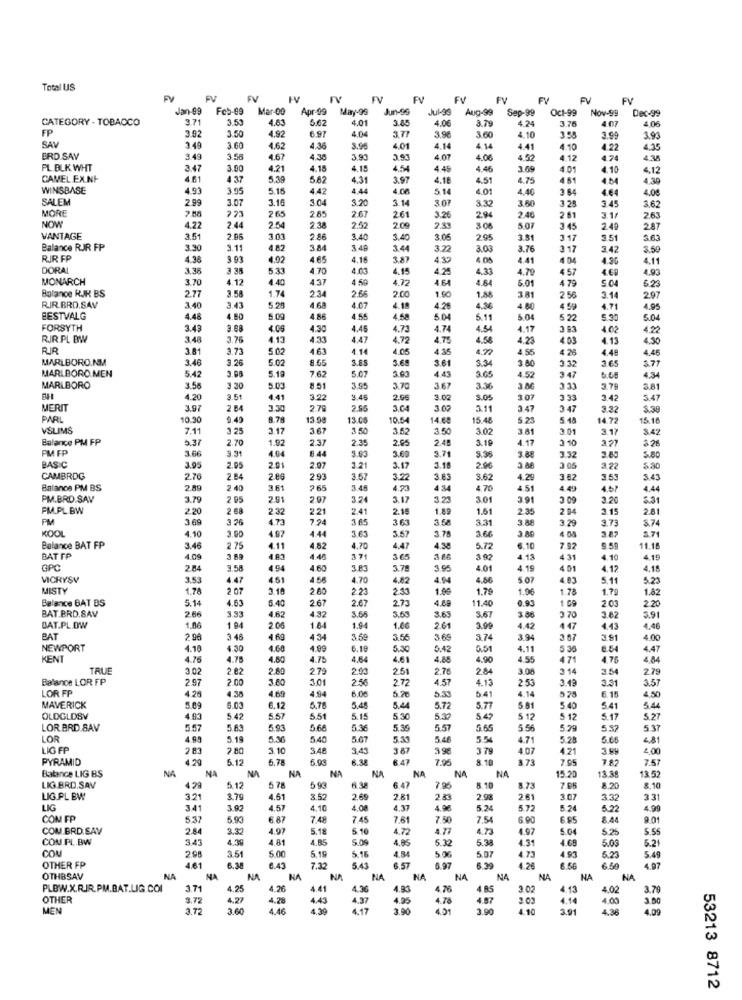
Total US
FV
FV
FV
EV
FV
EV
EV
FV
Jan-99
Feb-99
Mar-09
Apr-99
May-99
Jun-99
Jul-99
Aug-99
Sep-99
Oct-99
Nov-99
Dec-99
CATEGORY - TOBACCO
3.71
3.53
4.83
5.62
4.01
1.85
4.06
3.79
4 24
3.76
4.07
4.06
FP
3.92
3.50
4.92
6.97
40
3.90
3.60
1 10
3.55
3.99
3.93
SAV
3.49
3.60
4.62
4.36
4.01
4.14
4.14
4.41
4.10
4.22
4.35
ERD.SAY
3.49
3.56
4.67
4.38
3.9.
4.07
4.06
4.52
4.12
4.38
PL BLK WHT
3.47
3.90
4.21
4.15
4.1.
4.54
4.45
4.46
3.69
4.01
4.10
4,12
CAMEL.EXNF
4.61
4.37
5.39
5.62
4.31
3.97
4.18
4.51
4.75
4 61
4M
4.39
WINSBASE
4.93
3.95
5.16
442
4.44
4.00
5.14
4.01
4,40
3.84
4.64
4.08
SALEM
2.99
3.07
3.16
3.04
3.20
3 1
307
3.32
380
3 25
3 .45
MORE
265
265
2.61
3.25
3.62
773
2.67
2.94
2.46
2 61
3.1/
2.63
NOW
4.22
2.44
2.54
238
2.52
2.09
2.39
3 06
5.07
3.45
2.40
2.87
VANTAGE
3.51
2.96
3.03
2.86
3.40
3.40
3.05
2.95
3.81
317
35
3.63
Balance RIR FP
3.30
3.11
4.82
3.84
3 49
3,44
3.22
3.03
3.76
317
3.42
3.59
RIR FP
4.38
3 93
4.02
4.65
4,16
3.87
4.05
4.41
4 04
4.96
4.11
DORAL
3.36
3 38
5.33
4.70
4.03
4.15
4.25
4.33
4.79
4 57
4.69
4.93
MONARCH
3.70
4.12
4.40
437
4 50
4.72
461
4.64
5.01
5.04
6.23
Balance RJR BS
2.77
3.58
1.74
2.34
200
4 79
2.66
1.90
1.88
3.81
2 56
214
297
RIR.BRD.SAV
3.4
3.43
5.28
4.68
4.07
4.2€
4.36
4.80
4 59
4.71
4.95
BESTVALG
4.48
4.80
5.00
4.86
4.55
4,58
5 04
5.11
5.04
5 22
5.30
5.04
FORSYTH
3.43
9.68
4.06
4.30
4.45
4.73
4.74
4.54
4.17
3 83
4.02
4.22
RJR.PL BW
3.48
3.76
4.13
4.33
4.47
4.77
4.75
4.58
4.23
4.03
4. 15
4.30
RR
3.8
3.73
5.02
463
4.14
4.05
4.35
4.72
4.55
4 26
4.48
4.46
MARLBORO.NM
3.46
3.26
5.02
8.65
3.85
5.6
3.61
3.34
3.80
365
5.77
5.07
3.00
3.65
4.52
3.32
MARLBORO.MEN
5.42
3.08
5.19
7.62
4.43
347
4.34
MARLBORO
3.56
3 30
5.03
8.51
3.55
3.70
3.67
3.36
3.M
3 .33
3.79
581
4.20
3.51
4.41
3.22
3.45
2.96
3.02
3.05
3 07
3 33
3.42
3.47
MERIT
3.97
2 64
3.30
2.79
2.55
3.64
3.00
3.11
3.47
3 47
3.37
PARL
10.30
4.40
8.78
13.08
13.05
10.54
14.68
15.48
5.23
5.18
14.72
15.16
VSLIMS
7.11
3 25
3.17
3.67
3.50
3.62
3.50
3.02
3.61
3.01
3.17
$42
Balance PM FP
5.37
2.70
1.92
2.37
2.35
2.65
2.48
3.19
4.17
3 10
3.27
326
PM FP
3.31
4.04
8.44
9.03
3.60
3.71
5.80
3.66
3.88
3.32
BASIC
3.95
2.95
2.01
2.97
3.21
3.17
3.18
2.96
3 &
3.05
322
5.30
CAMBRDG
2.70
2.84
2.00
293
3.57
3.22
3.83
3.62
4.29
3.82
3.53
S.43
Balance PM BS
2.89
2 40
3.61
265
3.45
4.73
4 3
4.70
4 51
4.49
4.5?
4.44
PM.BRD.SAV
3.79
2 05
2.91
2.97
3.24
3.17
3.2
301
3.91
3.09
2.20
3.31
PM.PL BW
2.20
2 68
2.32
2.21
2.41
2.18
1.51
2.35
2 04
3.15
2.81
PM
3 69
3 26
4.73
7.94
365
363
3.52
3.31
3.88
3.29
3.73
$.74
KOOL
4.10
3.00
3.63
3.78
3.66
5.71
4.97
4.44
3.57
Balance BAT FP
3.46
2 75
4.11
4.82
4.70
4.47
4.38
5.72
6.10
7.92
9.59
11.18
BAT FP
4 09
3 69
4.83
1.40
371
3 65
3.92
4.14
4 31
4.10
4.19
GPC
2.84
9.54
4.94
4.60
3.83
3.78
3.95
4.01
4.19
4.01
4.12
4.15
VICHYSV
3.53
4.47
4.56
4.70
4.82
4.94
4.86
5.07
4.83
5.11
5.20
MISTY
1.78
2 07
3.10
2.60
2.23
2.33
1.70
1.96
1.78
1.7g
1.82
Balance BAT BS
5.14
4.63
5.40
267
2.67
2.73
4.69
11.40
0.90
2.03
BAT.BRD.SAV
2.66
4 62
432
3.55
3.67
OL C
2.20
3.93
3.63
3.86
3.82
5.91
BAT.PL.DW
1.06
1 94
2.06
1.64
1.94
1.66
261
3.99
4.42
4 47
4.43
4.46
BAT
2 96
3 48
4 6g
4 34
3.59
3.65
3.65
3.74
3.94
3.67
3.91
4.00
NEWPORT
4.10
4.30
4.60
4.00
6.19
5.30
3.42
0.51
4.11
5 35
8.54
4.47
KENT
4.76
4.75
4.50
4.75
4.64
4.61
4.85
4.90
4.55
471
1.75
TRUE
3.02
2 82
2.80
279
2.03
2.51
2.76
284
3.08
3 14
3.54
279
Balance LOR FP
2.97
2.00
3.80
301
256
2.72
4.57
4.13
2.53
3.49
3.31
3.57
LOR FP
4.38
4.65
4.94
6.00
5.20
5.33
5.41
4.14
4.50
4.20
5.81
575
6.15
MAVERICK
5.09
6.03
6.12
6.7
5.45
5.44
5.72
5.77
5.40
5.41
OLDGLOSV
4.93
5 42
5.57
55
5.15
5.30
5.37
547
5 12
5 12
5.17
5.27
LOR.BRD.SAV
5.57
5 AS
5.93
56
5.36
5.39
5.57
5.65
5.56
5.29
5.32
537
LOR
4.99
5.19
5.40
5.07
5.33
5.48
554
4.71
5.28
5.66
LIG FP
2 83
2.80
3.10
3.48
3,43
367
3 79
4.07
4.21
PYRAMID
6.12
6.78
6.03
6.38
8.47
7.95
8.10
$ 73
7.95
7.82
7.5
Balance LIG BS
NA
NA
NA
NA
NA
NA
NA
NA
15.20
13.52
NA
13.88
LIG.BRD.SAV
4 29
5.12
578
5 9
6.38
6.47
7.95
8.10
8 .73
7.95
8.20
8.10
LIG.PL BW
3.21
3.79
4.51
3.52
2.69
2.81
2.83
2.98
261
3.07
3:32
3.31
LIG
341
3.92
4.57
4.10
4.37
4.96
5.24
5.72
5.24
5.22
4.99
COM FP
5.93
6 87
7.48
7.45
7.61
7.50
7.54
6.90
6.95
8.44
9.01
COM.BRD.SAV
2.84
3.32
4.97
5.18
5 10
1.72
4.73
4.97
5.04
5.26
5.55
COM.PL.BW
3.43
4.3
4 81
4.85
5.09
4.85
5.32
5.38
4.31
5.03
5.2
COM
3.51
5.00
5.19
5.16
4.84
5.06
5.07
2.98
4.73
4.93
5.23
5.49
OTHER FP
4.61
6.38
6.43
7.32
5.43
6.57
6.97
6.39
1.26
6.56
6.50
4.97
OTHBSAV
NA
NA
NA
HA
NA
NA
NA
NA
NA
NA
NA
NA
PLBW.X.R.R.PM.BAT.LIG.COI
3.71
4.25
4.26
4 41
4.36
4.93
4 76
4.85
2.02
4.13
4.02
3.79
OTHER
3.72
4.27
4.28
4.43
4.37
4.95
4.78
4.87
4.14
4.00
MEN
3.72
3.60
4.46
4.39
4.17
3.90
4.01
3.90
4.10
3.91
4.36
4.09
53213 8712